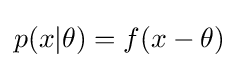
p(x|\theta )=f(x-\theta )